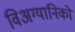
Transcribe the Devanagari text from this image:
विअग्यानिकों